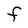
Character: F